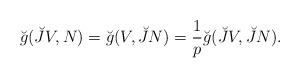
LaTeX: \begin{align*}\breve{g}(\breve{J}V,N)=\breve{g}(V,\breve{J}N)=\frac{1}{p}\breve{g}(\breve{J}V,\breve{J}N). \end{align*}